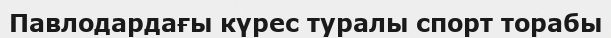
Павлодардағы күрес туралы спорт торабы